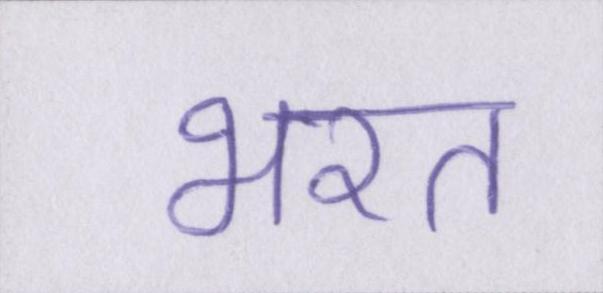
भरत